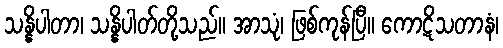
သန္နိပါတာ၊ သန္နိပါတ်တို့သည်။ အာသုံ၊ ဖြစ်ကုန်ပြီ။ ကောဋိသတာနံ၊